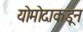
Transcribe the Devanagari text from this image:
योमोदाकडून